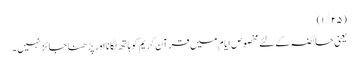
(۱/۲۵)
یعنی حائضہ کے لئے مخصوص ایام میں قرآن کریم کو ہاتھ لگانا اور پڑھنا جائز نہیں۔